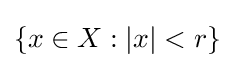
\{x\in X:|x|<r\}